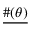
\underline { { \# ( \theta ) } }